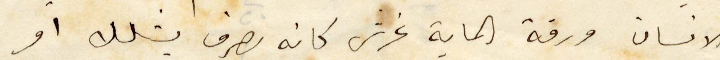
الانسان ورقة الماية غرش كانه صرف بشلك او